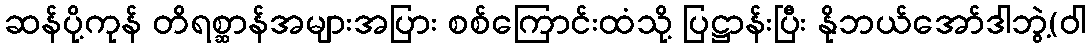
ဆန်ပို့ကုန် တိရစ္ဆာန်အများအပြား စစ်ကြောင်းထံသို့ ပြဋ္ဌာန်းပြီး နိုဘယ်အော်ဒါဘွဲ့(ဝါ